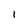
Character: 1